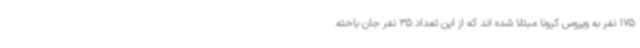
175 نفر به ویروس کرونا مبتلا شده اند که از این تعداد 35 نفر جان باخته